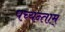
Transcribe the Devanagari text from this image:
पच्यन्ताम्‌